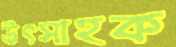
উৎসাহক